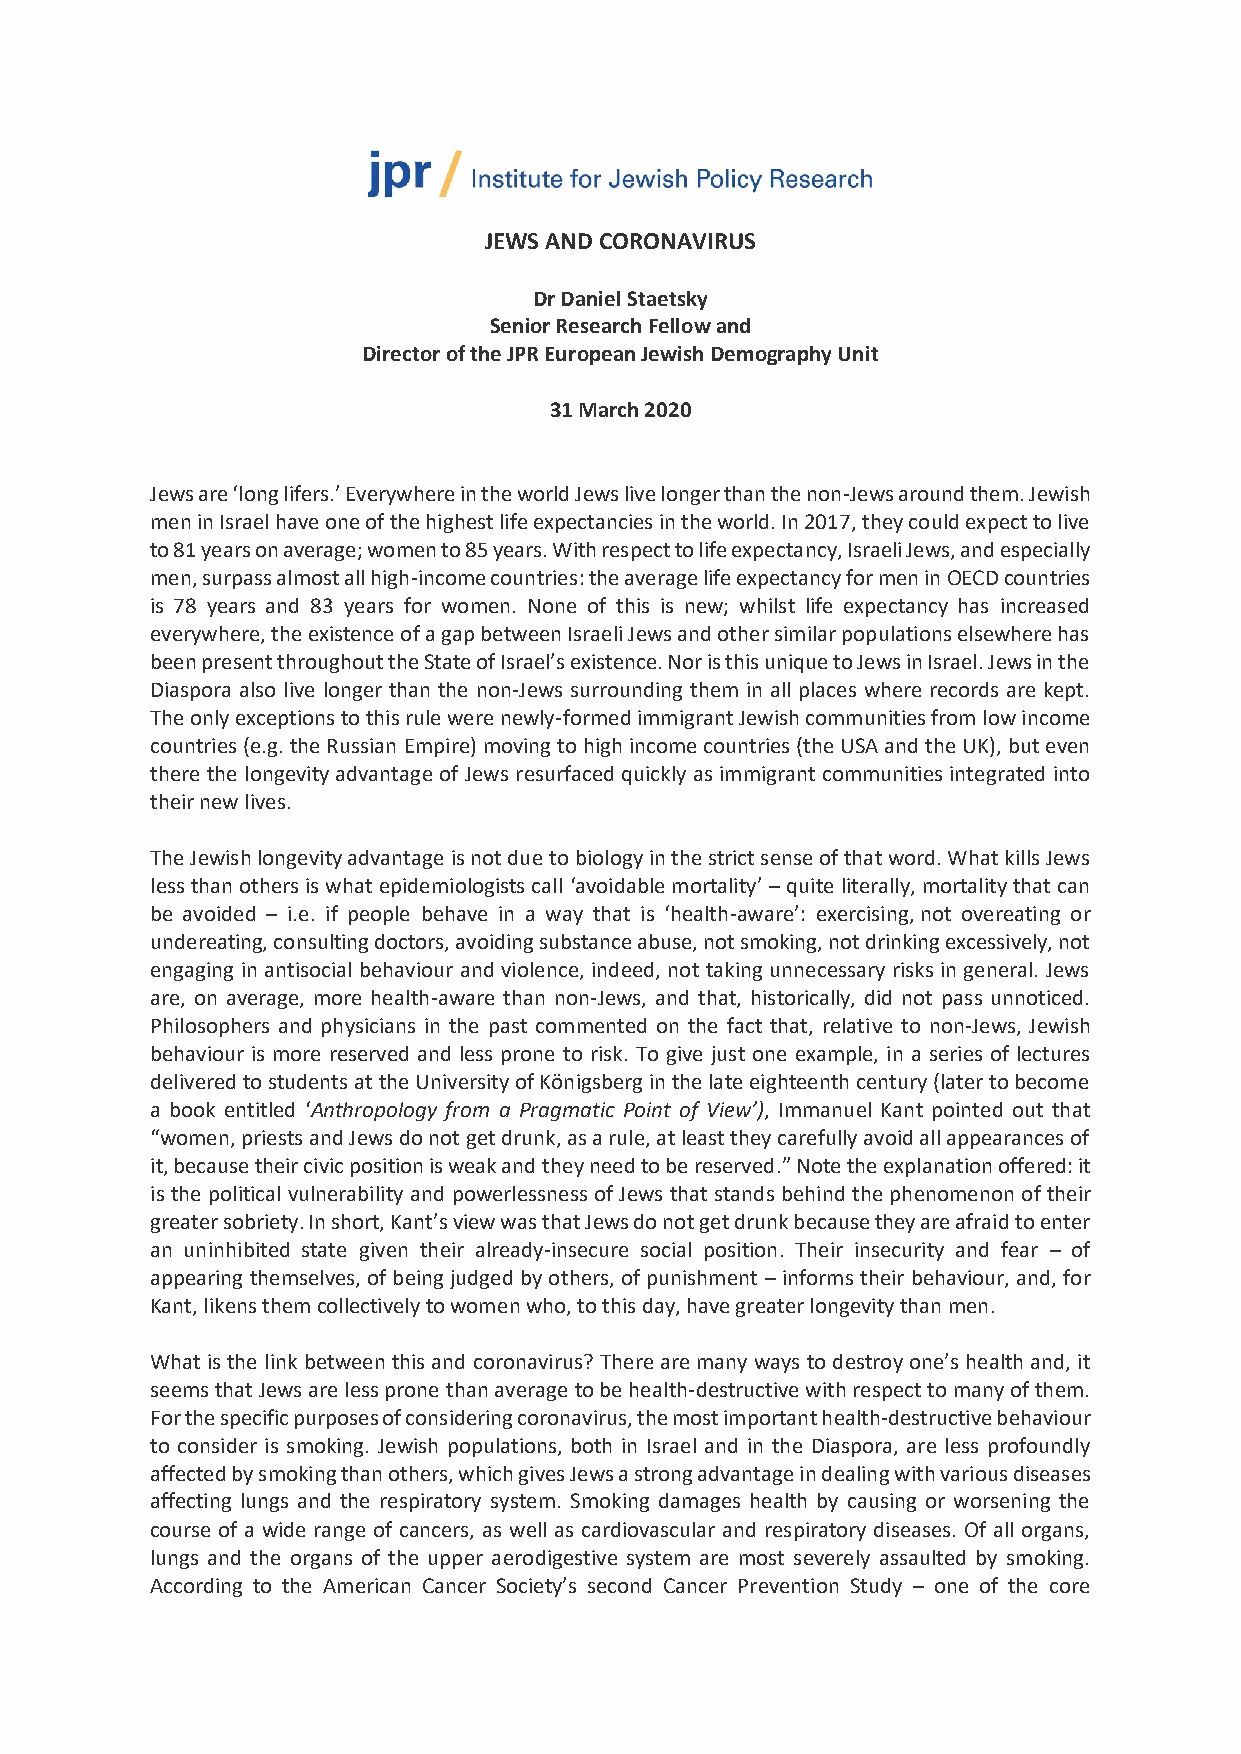
JEWS AND CORONAVIRUS
 Dr Daniel Staetsky
 Senior Research Fellow and
 Director of the JPR European Jewish Demography Unit
 31 March 2020
 Jews are ‘long lifers.’ Everywhere in the world Jews live longer than the non-Jews around them. Jewish
 men in Israel have one of the highest life expectancies in the world. In 2017, they could expect to live
 to 81 years on average; women to 85 years. With respect to life expectancy, Israeli Jews, and especially
 men, surpass almost all high-income countries: the average life expectancy for men in OECD countries
 is 78 years and 83 years for women. None of this is new; whilst life expectancy has increased
 everywhere, the existence of a gap between Israeli Jews and other similar populations elsewhere has
 been present throughout the State of Israel’s existence. Nor is this unique to Jews in Israel. Jews in the
 Diaspora also live longer than the non-Jews surrounding them in all places where records are kept.
 The only exceptions to this rule were newly-formed immigrant Jewish communities from low income
 countries (e.g. the Russian Empire) moving to high income countries (the USA and the UK), but even
 there the longevity advantage of Jews resurfaced quickly as immigrant communities integrated into
 their new lives.
 The Jewish longevity advantage is not due to biology in the strict sense of that word. What kills Jews
 less than others is what epidemiologists call ‘avoidable mortality’ – quite literally, mortality that can
 be avoided – i.e. if people behave in a way that is ‘health-aware’: exercising, not overeating or
 undereating, consulting doctors, avoiding substance abuse, not smoking, not drinking excessively, not
 engaging in antisocial behaviour and violence, indeed, not taking unnecessary risks in general. Jews
 are, on average, more health-aware than non-Jews, and that, historically, did not pass unnoticed.
 Philosophers and physicians in the past commented on the fact that, relative to non-Jews, Jewish
 behaviour is more reserved and less prone to risk. To give just one example, in a series of lectures
 delivered to students at the University of Königsberg in the late eighteenth century (later to become
 a book entitled ‘Anthropology from a Pragmatic Point of View’), Immanuel Kant pointed out that
 “women, priests and Jews do not get drunk, as a rule, at least they carefully avoid all appearances of
 it, because their civic position is weak and they need to be reserved.” Note the explanation offered: it
 is the political vulnerability and powerlessness of Jews that stands behind the phenomenon of their
 greater sobriety. In short, Kant’s view was that Jews do not get drunk because they are afraid to enter
 an uninhibited state given their already-insecure social position. Their insecurity and fear – of
 appearing themselves, of being judged by others, of punishment – informs their behaviour, and, for
 Kant, likens them collectively to women who, to this day, have greater longevity than men.
 What is the link between this and coronavirus? There are many ways to destroy one’s health and, it
 seems that Jews are less prone than average to be health-destructive with respect to many of them.
 For the specific purposes of considering coronavirus, the most important health-destructive behaviour
 to consider is smoking. Jewish populations, both in Israel and in the Diaspora, are less profoundly
 affected by smoking than others, which gives Jews a strong advantage in dealing with various diseases
 affecting lungs and the respiratory system. Smoking damages health by causing or worsening the
 course of a wide range of cancers, as well as cardiovascular and respiratory diseases. Of all organs,
 lungs and the organs of the upper aerodigestive system are most severely assaulted by smoking.
 According to the American Cancer Society’s second Cancer Prevention Study – one of the core